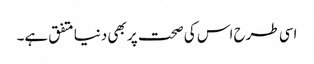
اسی طرح اس کی صحت پر بھی دنیا متفق ہے۔